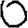
Digit: 0